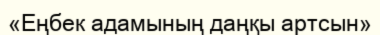
«Еңбек адамының даңқы артсын»